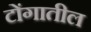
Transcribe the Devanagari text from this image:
टोंगातील